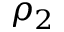
\rho _ { 2 }